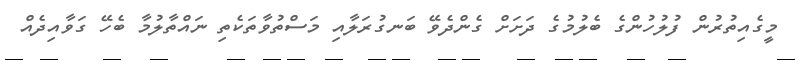
މީގެއިތުރުން ފުލުހުންގެ ބެލުމުގެ ދަށަށް ގެންދެވޭ ބަނގުރަލާއި މަސްތުވާތަކެތި ނައްތާލުމާ ބެހޭ ގަވާއިދެއް